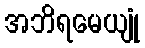
အဘိရမေယျုံ